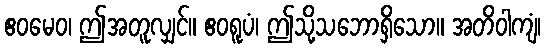
ဧဝမေဝ၊ ဤအတူလျှင်။ ဧဝရူပံ၊ ဤသို့သဘောရှိသော။ အတိဝါကျံ၊